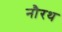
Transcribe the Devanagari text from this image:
नौरथ